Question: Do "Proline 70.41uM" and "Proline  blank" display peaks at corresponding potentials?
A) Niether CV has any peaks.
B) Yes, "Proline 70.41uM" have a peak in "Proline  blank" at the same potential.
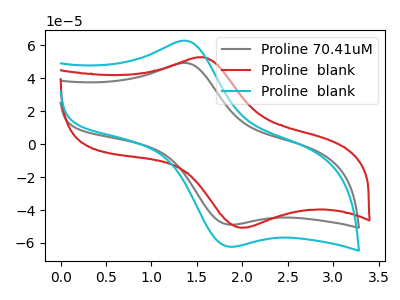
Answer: <think>The gray curve "Proline 70.41uM" has an anodic peak at (1.40V, 49.05uA) and a cathodic peak at (1.85V, -48.85uA). The red curve "Proline  blank" has an anodic peak at (1.55V, 52.80uA) and a cathodic peak at (2.00V, -50.80uA). The cyan curve "Proline  blank" has an anodic peak at (1.40V, 62.45uA) and a cathodic peak at (1.85V, -62.25uA).</think>
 <answer>B) Yes, "Proline 70.41uM" have a peak in "Proline  blank" at the same potential.</answer>
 <eval>B</eval>